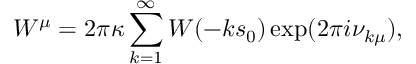
W ^ { \mu } = 2 \pi \kappa \sum _ { k = 1 } ^ { \infty } W ( - k s _ { 0 } ) \exp ( 2 \pi i \nu _ { k \mu } ) ,